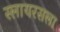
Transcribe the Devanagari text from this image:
स्लायरसला